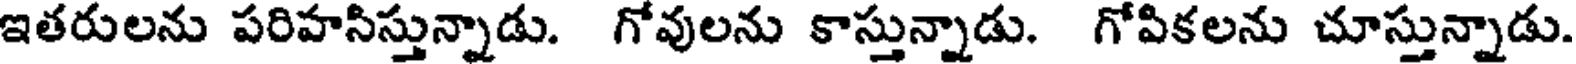
ఇతరులను పరిహసిస్తున్నాడు. గోవులను కాస్తున్నాడు. గోపికలను చూస్తున్నాడు.